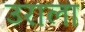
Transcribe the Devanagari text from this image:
उराला